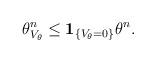
LaTeX: \begin{align*} \theta_{V_{\theta}}^n \leq {\bf 1}_{\{V_{\theta}=0\}} \theta^n.\end{align*}